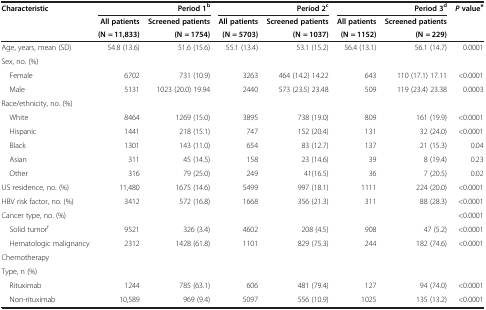
<table><thead><tr><td rowspan="2"><b>Characteristic</b></td><td colspan="2"><b>Period 1<sup>b</sup></b></td><td colspan="2"><b>Period 2<sup>c</sup></b></td><td colspan="2"><b>Period 3<sup>d</sup></b></td><td rowspan="3"><b><i>P </i>value<sup>e</sup></b></td></tr><tr><td><b>All patients</b></td><td><b>Screened patients</b></td><td><b>All patients</b></td><td><b>Screened patients</b></td><td><b>All patients</b></td><td><b>Screened patients</b></td></tr><tr><td><b> </b></td><td><b>(N = 11,833)</b></td><td><b>(N = 1754)</b></td><td><b>(N = 5703)</b></td><td><b>(N = 1037)</b></td><td><b>(N = 1152)</b></td><td><b>(N = 229)</b></td></tr></thead><tbody><tr><td>Age, years, mean (SD)</td><td>54.8 (13.6)</td><td>51.6 (15.6)</td><td>55.1 (13.4)</td><td>53.1 (15.2)</td><td>56.4 (13.1)</td><td>56.1 (14.7)</td><td>0.0001</td></tr><tr><td>Sex, no. (%)</td><td> </td><td> </td><td> </td><td> </td><td> </td><td> </td><td> </td></tr><tr><td> Female</td><td>6702</td><td>731 (10.9)</td><td>3263</td><td>464 (14.2) 14.22</td><td>643</td><td>110 (17.1) 17.11</td><td>&lt;0.0001</td></tr><tr><td> Male</td><td>5131</td><td>1023 (20.0) 19.94</td><td>2440</td><td>573 (23.5) 23.48</td><td>509</td><td>119 (23.4) 23.38</td><td>0.0003</td></tr><tr><td>Race/ethnicity, no. (%)</td><td> </td><td> </td><td> </td><td> </td><td> </td><td> </td><td> </td></tr><tr><td> White</td><td>8464</td><td>1269 (15.0)</td><td>3895</td><td>738 (19.0)</td><td>809</td><td>161 (19.9)</td><td>&lt;0.0001</td></tr><tr><td> Hispanic</td><td>1441</td><td>218 (15.1)</td><td>747</td><td>152 (20.4)</td><td>131</td><td>32 (24.0)</td><td>&lt;0.0001</td></tr><tr><td> Black</td><td>1301</td><td>143 (11.0)</td><td>654</td><td>83 (12.7)</td><td>137</td><td>21 (15.3)</td><td>0.04</td></tr><tr><td> Asian</td><td>311</td><td>45 (14.5)</td><td>158</td><td>23 (14.6)</td><td>39</td><td>8 (19.4)</td><td>0.23</td></tr><tr><td> Other</td><td>316</td><td>79 (25.0)</td><td>249</td><td>41(16.5)</td><td>36</td><td>7 (20.5)</td><td>0.02</td></tr><tr><td>US residence, no. (%)</td><td>11,480</td><td>1675 (14.6)</td><td>5499</td><td>997 (18.1)</td><td>1111</td><td>224 (20.0)</td><td>&lt;0.0001</td></tr><tr><td>HBV risk factor, no. (%)</td><td>3412</td><td>572 (16.8)</td><td>1668</td><td>356 (21.3)</td><td>311</td><td>88 (28.3)</td><td>&lt;0.0001</td></tr><tr><td>Cancer type, no. (%)</td><td> </td><td> </td><td> </td><td> </td><td> </td><td> </td><td>&lt;0.0001</td></tr><tr><td> Solid tumor<sup>f</sup></td><td>9521</td><td>326 (3.4)</td><td>4602</td><td>208 (4.5)</td><td>908</td><td>47 (5.2)</td><td>&lt;0.0001</td></tr><tr><td> Hematologic malignancy</td><td>2312</td><td>1428 (61.8)</td><td>1101</td><td>829 (75.3)</td><td>244</td><td>182 (74.6)</td><td>&lt;0.0001</td></tr><tr><td>Chemotherapy</td><td rowspan="2"> </td><td rowspan="2"> </td><td rowspan="2"> </td><td rowspan="2"> </td><td rowspan="2"> </td><td rowspan="2"> </td><td rowspan="2"> </td></tr><tr><td>Type, n (%)</td></tr><tr><td> Rituximab</td><td>1244</td><td>785 (63.1)</td><td>606</td><td>481 (79.4)</td><td>127</td><td>94 (74.0)</td><td>&lt;0.0001</td></tr><tr><td> Non-rituximab</td><td>10,589</td><td>969 (9.4)</td><td>5097</td><td>556 (10.9)</td><td>1025</td><td>135 (13.2)</td><td>&lt;0.0001</td></tr></tbody></table>